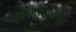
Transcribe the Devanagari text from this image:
उद्योगसमुहांच्या